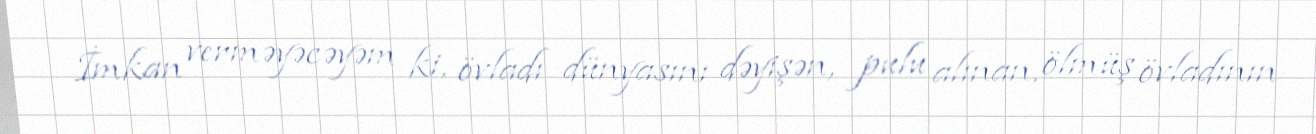
İmkan verməyəcəyəm ki, övladı dünyasını dəyişən, pulu alınan, ölmüş övladının